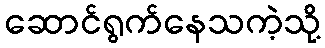
ဆောင်ရွက်နေသကဲ့သို့